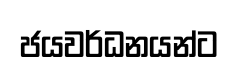
ජයවර්ධනයන්ට